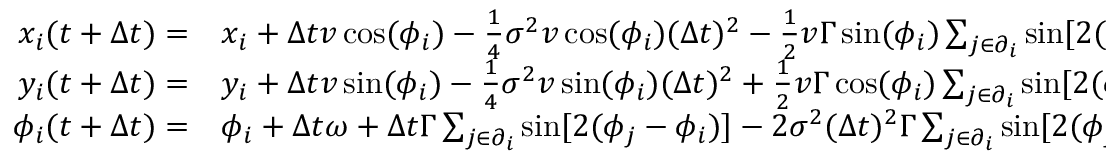
\begin{array} { r l } { x _ { i } ( t + \Delta t ) = } & { { } x _ { i } + \Delta t v \cos ( \phi _ { i } ) - \frac { 1 } { 4 } \sigma ^ { 2 } v \cos ( \phi _ { i } ) ( \Delta t ) ^ { 2 } - \frac { 1 } { 2 } v \Gamma \sin ( \phi _ { i } ) \sum _ { j \in \partial _ { i } } \sin [ 2 ( \phi _ { j } - \phi _ { i } ) ] ( \Delta t ) ^ { 2 } } \\ { y _ { i } ( t + \Delta t ) = } & { { } y _ { i } + \Delta t v \sin ( \phi _ { i } ) - \frac { 1 } { 4 } \sigma ^ { 2 } v \sin ( \phi _ { i } ) ( \Delta t ) ^ { 2 } + \frac { 1 } { 2 } v \Gamma \cos ( \phi _ { i } ) \sum _ { j \in \partial _ { i } } \sin [ 2 ( \phi _ { j } - \phi _ { i } ) ] ( \Delta t ) ^ { 2 } } \\ { \phi _ { i } ( t + \Delta t ) = } & { { } \phi _ { i } + \Delta t \omega + \Delta t \Gamma \sum _ { j \in \partial _ { i } } \sin [ 2 ( \phi _ { j } - \phi _ { i } ) ] - 2 \sigma ^ { 2 } ( \Delta t ) ^ { 2 } \Gamma \sum _ { j \in \partial _ { i } } \sin [ 2 ( \phi _ { j } - \phi _ { i } ) ] } \end{array}